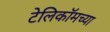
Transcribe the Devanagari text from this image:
टेलिकॉमच्या